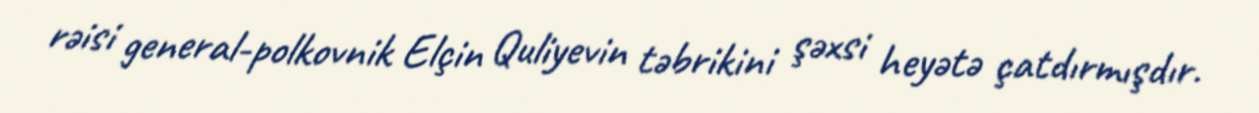
rəisi general-polkovnik Elçin Quliyevin təbrikini şəxsi heyətə çatdırmışdır.